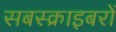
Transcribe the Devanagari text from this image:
सबस्क्राइबरों